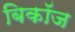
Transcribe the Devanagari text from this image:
बिकॉज